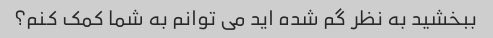
ببخشید به نظر گم شده اید می توانم به شما کمک کنم؟